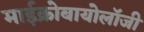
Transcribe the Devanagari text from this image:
माईक्रोबायोलॉजी